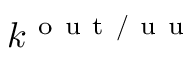
k ^ { \mathrm { ~ o ~ u ~ t ~ / ~ u ~ u ~ } }